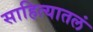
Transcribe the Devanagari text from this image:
साहित्यातलं